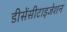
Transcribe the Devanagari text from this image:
डीसेंसीटाइजेशन